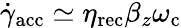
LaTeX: \dot{\gamma}_{\mathrm{acc}}\simeq\eta_{\mathrm{rec}}\beta_{z}\omega_{\mathrm{c}}